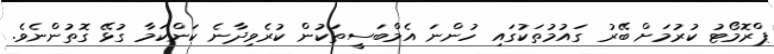
ޕްރޮމޯޓު ކުރުމަށް ބޭރު ގައުމުތަކުގައި ހުންނަ އެމްބަސީތަކުން ކުރެވިދާނެ ކަންކަމާ ގުޅޭ ގޮތުންނެވެ.